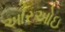
આરઓઇ